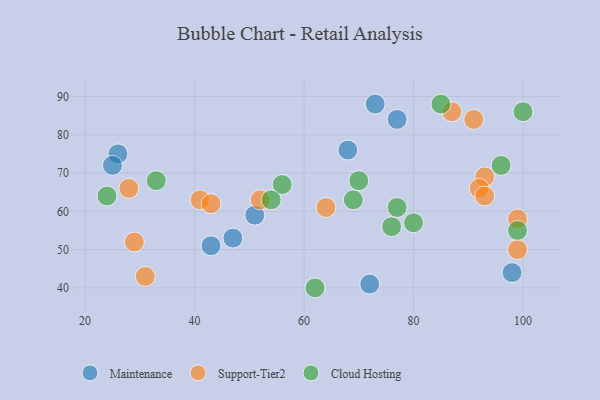
{"axis": {"x": "GDP", "y": "Life Expectancy"}, "legend": ["Cloud Hosting", "Maintenance", "Support-Tier2"], "data": [{"x": "51", "y": 59, "type": "Maintenance"}, {"x": "26", "y": 75, "type": "Maintenance"}, {"x": "73", "y": 88, "type": "Maintenance"}, {"x": "72", "y": 41, "type": "Maintenance"}, {"x": "25", "y": 72, "type": "Maintenance"}, {"x": "98", "y": 44, "type": "Maintenance"}, {"x": "47", "y": 53, "type": "Maintenance"}, {"x": "68", "y": 76, "type": "Maintenance"}, {"x": "77", "y": 84, "type": "Maintenance"}, {"x": "43", "y": 51, "type": "Maintenance"}, {"x": "87", "y": 86, "type": "Support-Tier2"}, {"x": "91", "y": 84, "type": "Support-Tier2"}, {"x": "41", "y": 63, "type": "Support-Tier2"}, {"x": "52", "y": 63, "type": "Support-Tier2"}, {"x": "93", "y": 69, "type": "Support-Tier2"}, {"x": "29", "y": 52, "type": "Support-Tier2"}, {"x": "31", "y": 43, "type": "Support-Tier2"}, {"x": "99", "y": 50, "type": "Support-Tier2"}, {"x": "92", "y": 66, "type": "Support-Tier2"}, {"x": "28", "y": 66, "type": "Support-Tier2"}, {"x": "64", "y": 61, "type": "Support-Tier2"}, {"x": "93", "y": 64, "type": "Support-Tier2"}, {"x": "99", "y": 58, "type": "Support-Tier2"}, {"x": "43", "y": 62, "type": "Support-Tier2"}, {"x": "24", "y": 64, "type": "Cloud Hosting"}, {"x": "76", "y": 56, "type": "Cloud Hosting"}, {"x": "33", "y": 68, "type": "Cloud Hosting"}, {"x": "96", "y": 72, "type": "Cloud Hosting"}, {"x": "77", "y": 61, "type": "Cloud Hosting"}, {"x": "100", "y": 86, "type": "Cloud Hosting"}, {"x": "85", "y": 88, "type": "Cloud Hosting"}, {"x": "56", "y": 67, "type": "Cloud Hosting"}, {"x": "80", "y": 57, "type": "Cloud Hosting"}, {"x": "54", "y": 63, "type": "Cloud Hosting"}, {"x": "62", "y": 40, "type": "Cloud Hosting"}, {"x": "70", "y": 68, "type": "Cloud Hosting"}, {"x": "69", "y": 63, "type": "Cloud Hosting"}, {"x": "99", "y": 55, "type": "Cloud Hosting"}]}